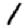
Digit: 1